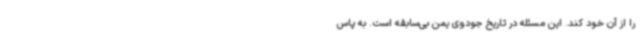
را از آن خود کند. این مسئله در تاریخ جودوی یمن بی‌سابقه است. به پاس